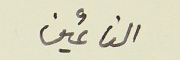
النائمين